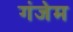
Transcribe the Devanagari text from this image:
गंजेम